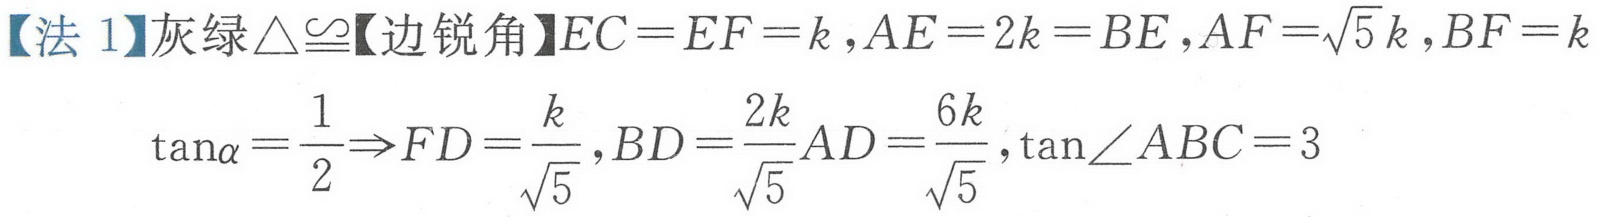
【法 1】灰绿\(\triangle\cong\)【边锐角】\(EC = EF = k,AE = 2k = BE,AF=\sqrt{5}k,BF = k\)
\(\tan\alpha=\frac{1}{2}\Rightarrow FD=\frac{k}{\sqrt{5}},BD=\frac{2k}{\sqrt{5}}AD=\frac{6k}{\sqrt{5}},\tan\angle ABC = 3\)